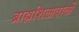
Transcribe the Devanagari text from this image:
ब्राह्मशिलावालों